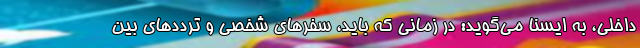
داخلی، به ایسنا می‌گوید: در زمانی که باید، سفرهای شخصی و ترددهای بین